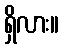
ရှိလား။